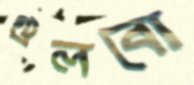
গুলবো